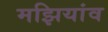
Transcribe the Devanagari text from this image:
मझियांव